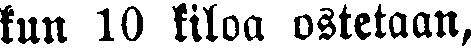
kun 10 kiloa ostetaan,